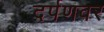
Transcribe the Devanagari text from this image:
दर्पणवर